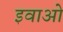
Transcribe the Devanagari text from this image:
इवाओ